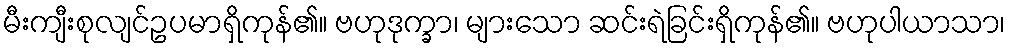
မီးကျီးစုလျင်ဥပမာရှိကုန်၏။ ဗဟုဒုက္ခာ၊ များသော ဆင်းရဲခြင်းရှိကုန်၏။ ဗဟုပါယာသာ၊